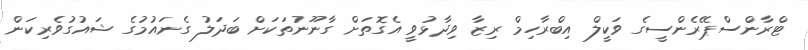
ޓްރާންސްޕޭރެންސީގެ ވަކީލް އިބްރާހިމް ރިޒާ ވިދާޅުވީ އެގޮތަށް ގާނޫނުތަކަށް ބަދަލު ގެނައުމުގެ ޝައުގުވެރިކަން